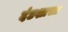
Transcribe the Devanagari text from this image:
दंडशास्त्र